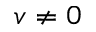
v \neq 0